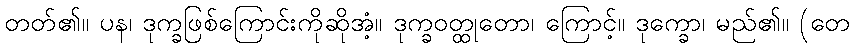
တတ်၏။ ပန၊ ဒုက္ခဖြစ်ကြောင်းကိုဆိုအံ့။ ဒုက္ခဝတ္ထုတော၊ ကြောင့်။ ဒုက္ခော၊ မည်၏။ (တေ